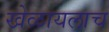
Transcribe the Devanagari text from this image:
खेळायलाच